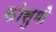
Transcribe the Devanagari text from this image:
कोसुमी